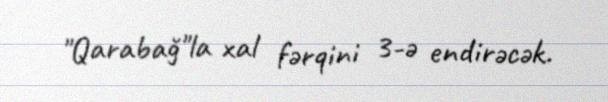
"Qarabağ"la xal fərqini 3-ə endirəcək.